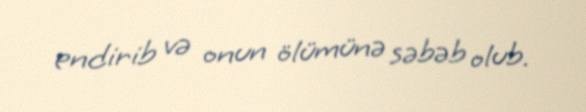
endirib və onun ölümünə səbəb olub.